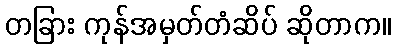
တခြား ကုန်အမှတ်တံဆိပ် ဆိုတာက။